Note on the mental hospitals in Burma - 1925-1940
Year: 1925
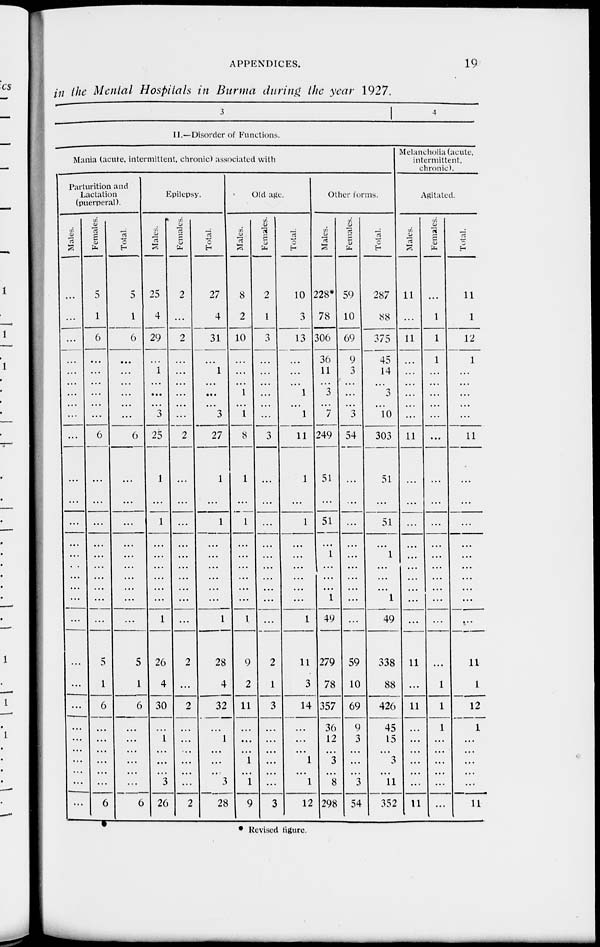
APPENDICES.
19
in the Mental Hospitals in Burma during the year 1927.
3
II.—Disorder of Functions.
Mania (acute, intermittent, chronic) associated with
Parturition and
Lactation
(puerperal).
Males.
...
...
...
...
...
...
...
...
...
...
...
...
...
...
...
...
...
...
...
...
...
...
...
...
...
...
...
...
...
...
Females.
5
1
6
...
...
...
...
...
...
6
...
...
...
...
...
...
...
...
...
...
5
1
6
...
...
...
...
...
...
6
Total.
5
1
6
...
...
...
...
...
...
6
...
...
...
...
...
...
...
...
...
...
5
1
6
...
...
...
...
...
...
6
Epilepsy.
Males.
25
4
29
...
1
...
...
...
3
25
1
...
1
...
...
...
...
...
...
1
26
4
30
...
1
...
...
...
3
26
Females.
2
...
2
...
...
...
...
...
...
2
...
...
...
...
...
...
...
...
...
...
2
...
2
...
...
...
...
...
...
2
Total.
27
4
31
...
1
...
...
... 3
27
1
...
1
...
...
...
...
...
1
28
4
32
...
1
...
...
... 3
28
Old age.
Males.
8
2
10
...
...
...
1
...
1
8
1
...
1
...
...
...
...
...
...
1
9
2
11
...
...
...
1
... 1
9
Females.
2
1
3
...
...
...
...
...
...
3
...
...
...
...
...
...
...
...
...
...
2
1
3
...
...
...
...
...
...
3
Total.
10
3
13
...
...
...
1
... 1
11
1
...
1
...
...
...
...
...
...
1
11
3
14
...
...
...
1
...
1
12
Other forms.
Males.
228*
78
306
36
11
...
3
...
7
249
51
...
51
...
1
...
...
...
1
49
279
78
357
36
12
...
3
... 8
298
Females.
59
10
69
9
3
...
...
...
3
54
...
...
...
...
...
...
...
...
...
...
59
10
69
9
3
...
...
... 3
54
Total.
287
88
375
45
14
...
3
...
10
303
51
...
51
...
1
...
...
...
1
49
338
88
426
45
15
... 3
...
11
352
4
Melancholia (acute,
intermittent,
chronic).
Agitated.
Males.
11
...
11
...
...
...
...
...
...
11
...
...
...
...
...
...
...
...
...
...
11
...
11
...
...
...
...
...
...
11
Females.
...
1
1
1
...
...
...
...
...
...
...
...
...
...
...
...
...
...
...
...
...
1
1
1
...
...
...
...
...
...
Total.
11
1
12
1
...
...
...
...
...
11
...
...
...
...
...
...
...
...
...
...
11
1
12
1
...
...
...
...
...
11
* Revised figure.